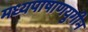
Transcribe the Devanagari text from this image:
मध्यपाषाणयुगीन